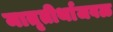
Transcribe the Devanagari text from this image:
मातृतीर्थाजवळ